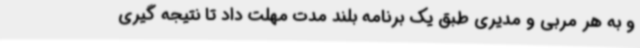
و به هر مربی و مدیری طبق یک برنامه بلند مدت مهلت داد تا نتیجه گیری